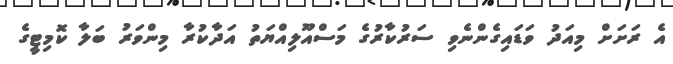
އެ ރަށަށް މިއަދު ވަޑައިގެންނެވި ސަރުކާރުގެ މަސްއޫލިއްޔަތު އަދާކުރާ މިންވަރު ބަލާ ކޮމިޓީގެ